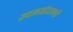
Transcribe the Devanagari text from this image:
ज्वलखंडाश्मी